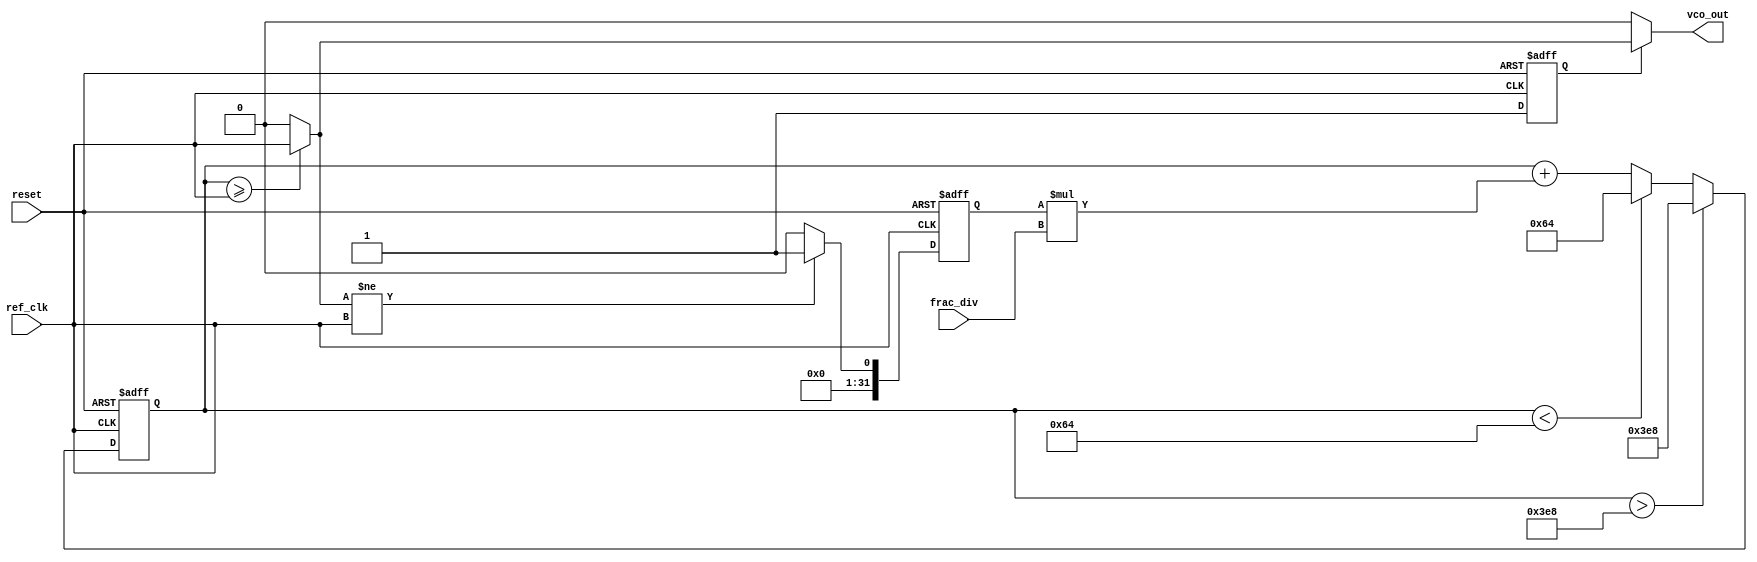
module fractional_PLL (
    input wire ref_clk,            // Reference clock input
    input wire reset,              // Reset signal
    input wire [15:0] frac_div,    // Fractional division ratio
    output wire vco_out            // Output from Voltage-Controlled Oscillator
);

    // Parameters
    parameter integer VCO_MAX_FREQ = 1000; // Maximum VCO frequency
    parameter integer VCO_MIN_FREQ = 100;   // Minimum VCO frequency

    // Internal signals
    reg [31:0] vco_freq;           // Current frequency of the VCO
    reg [31:0] error_signal;       // Error signal from phase detector
    wire [31:0] filtered_signal;   // Filtered control signal for VCO
    wire feedback_clk;              // Feedback clock signal
    reg vco_enable;                // VCO enable/disable signal
    wire phase_detector_output;      // Output of the phase detector

    // Phase Detector functionality
    always @(posedge ref_clk or posedge reset) begin
        if (reset) begin
            error_signal <= 0;
        end else begin
            // Implement phase comparison logic (simplified)
            error_signal <= (feedback_clk != ref_clk) ? 1 : 0; // ERROR when not matched
        end
    end

    // Loop Filter (simple accumulator as low-pass filter)
    always @(posedge ref_clk or posedge reset) begin
        if (reset) begin
            vco_freq <= VCO_MIN_FREQ;
        end else begin
            // Low pass filter to smooth the error signal
            // Update VCO frequency based on the error signal and fractional division
            vco_freq <= vco_freq + (error_signal * frac_div);
            // Ensure VCO frequency stays within limits
            if (vco_freq > VCO_MAX_FREQ)
                vco_freq <= VCO_MAX_FREQ;
            else if (vco_freq < VCO_MIN_FREQ)
                vco_freq <= VCO_MIN_FREQ;
        end
    end

    // Voltage-Controlled Oscillator (VCO) behavior
    always @(posedge ref_clk or posedge reset) begin
        if (reset) begin
            vco_enable <= 0;
        end else begin
            vco_enable <= 1; // Enable VCO when PLL is active
        end
    end

    // Feedback Clock Generation based on VCO frequency
    // This is just a representation. Actual implementation would include more detail.
    assign feedback_clk = (vco_freq >= ref_clk) ? ref_clk : 1'b0; // Basic clock feedback

    // Output VCO signal
    assign vco_out = vco_enable ? feedback_clk : 1'b0; // Output VCO frequency

endmodule